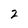
Character: 2